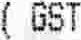
(GST